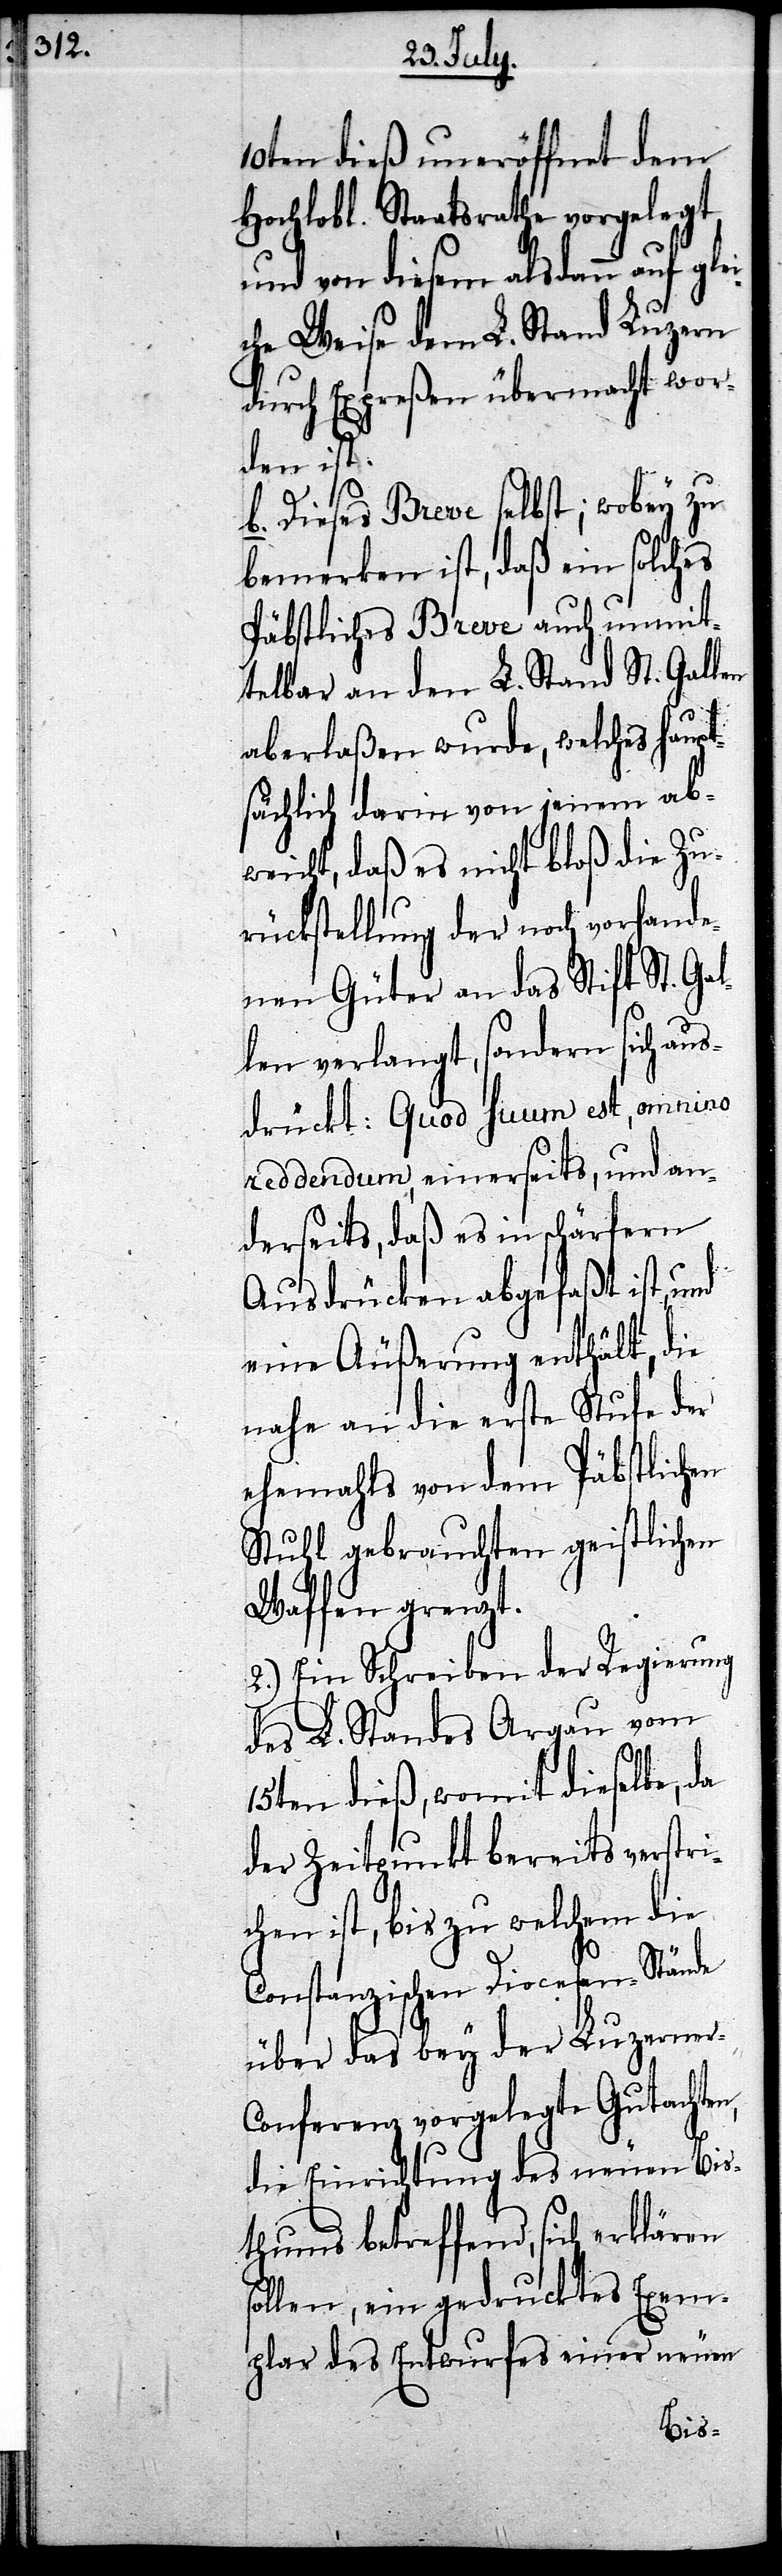
10ten dieß uneröffnet dem
Hochlobl. Staatsrathe vorgelegt,
und von diesem alsdann auf gle¬
che Weise dem L. Stand Luzern
durch Expreßen übermacht wor¬
den ist.
b. Dieses Breve selbst; wobey zu
bemerken ist, daß ein solches
Päbstliches Breve auch unmit¬
telbar an den L. Stand St. Gallen
aberlaßen wurde, welches haupt¬
sächlich darin von jenem ab¬
weicht, daß es nicht bloß die Zu¬
rückstellung der noch vorhande¬
nen Güter an das Stift St. Gal¬
len verlangt, sondern sich aus¬
drückt: Quod suum est, omnino
reddendum, einerseits, und an¬
derseits, daß es in schärfern
Ausdrücken abgefaßt ist,
eine Äußerung enthält, die
nahe an die erste Stufe der
ehemahls von dem Päbstlichen
Stuhl gebrauchten geistlichen
Waffen grenzt.
2.) Ein Schreiben der Regierung
des L. Standes Argau vom
15ten dieß, womit dieselbe, da
der Zeitpunkt bereits verstri¬
chen ist, bis zu welchem die
Constanzischen Diocesen-Stände
über das bey der Luzerner-C¬
onferenz vorgelegte Gutachten,
die Einrichtung des neuen Bis¬
thums betreffend, sich erklären
sollen, ein gedrucktes Exem¬
plar des Entwurfes einer neuen
i¬